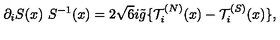
\partial _ { i } S ( x ) \ S ^ { - 1 } ( x ) = 2 \sqrt { 6 } i \tilde { g } \{ { \cal T } _ { i } ^ { ( N ) } ( x ) - { \cal T } _ { i } ^ { ( S ) } ( x ) \} ,